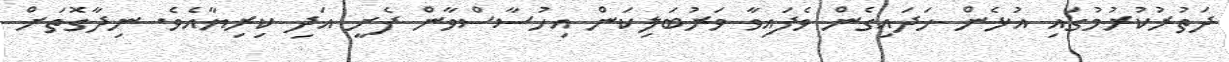
ދަތުރުކުރުމުގައި އުޅެން ހަދައިގެން ވެފައިވާ ވަރުބަލިކަން އިހުސާސްވާން ފެށީ އަދި ކިރިޔާއެވެ. ނިދާގޮތަށް